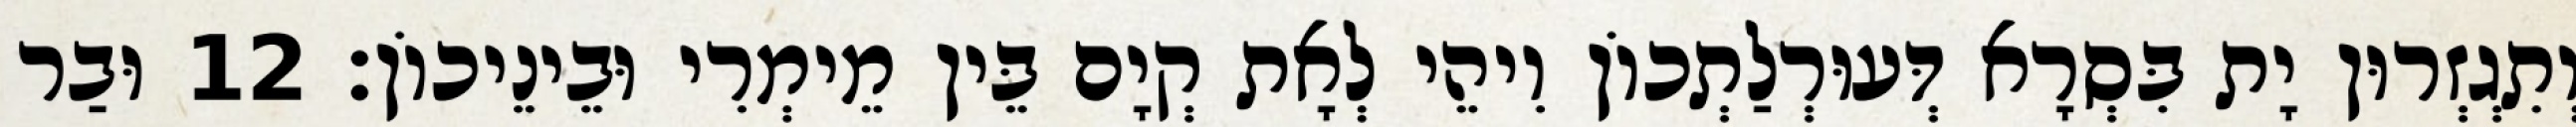
וְתִגְזְרוּן יָת בִּסְרָא דְּעוּרְלַתְכוֹן וִיהֵי לְאָת קְיָם בֵּין מֵימְרִי וּבֵינֵיכוֹן׃ 12 וּבַר